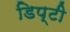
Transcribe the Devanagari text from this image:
डिप्‍टी